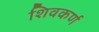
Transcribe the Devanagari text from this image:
शिवकर्ण